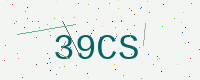
Text: 39CS